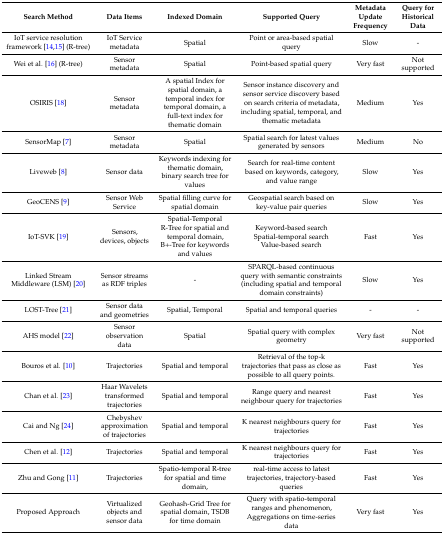
<table><thead><tr><td><b>Search Method</b></td><td><b>Data Items</b></td><td><b>Indexed Domain </b></td><td><b>Supported Query</b></td><td><b>Metadata Update Frequency</b></td><td><b>Query for Historical Data</b></td></tr></thead><tbody><tr><td>IoT service resolution framework [14,15] (R-tree)</td><td>IoT Service metadata</td><td>Spatial</td><td>Point or area-based spatial query</td><td>Slow</td><td>-</td></tr><tr><td>Wei et al. [16] (R-tree)</td><td>Sensor metadata</td><td>Spatial</td><td>Point-based spatial query</td><td>Very fast</td><td>Not supported</td></tr><tr><td>OSIRIS [18]</td><td>Sensor metadata</td><td>A spatial Index for spatial domain, a temporal index for temporal domain, a full-text index for thematic domain</td><td>Sensor instance discovery and sensor service discovery based on search criteria of metadata, including spatial, temporal, and thematic metadata</td><td>Medium</td><td>Yes</td></tr><tr><td>SensorMap [7]</td><td>Sensor metadata</td><td>Spatial</td><td>Spatial search for latest values generated by sensors</td><td>Medium</td><td>No</td></tr><tr><td>Liveweb [8]</td><td>Sensor data</td><td>Keywords indexing for thematic domain, binary search tree for values</td><td>Search for real-time content based on keywords, category, and value range</td><td>Slow</td><td>Yes</td></tr><tr><td>GeoCENS [9]</td><td>Sensor Web Service</td><td>Spatial filling curve for spatial domain</td><td>Geospatial search based on key-value pair queries</td><td>Slow</td><td>Yes</td></tr><tr><td>IoT-SVK [19]</td><td>Sensors, devices, objects</td><td>Spatial-Temporal R-Tree for spatial and temporal domain, B+-Tree for keywords and values</td><td>Keyword-based search Spatial-temporal search Value-based search</td><td>Fast</td><td>Yes</td></tr><tr><td>Linked Stream Middleware (LSM) [20]</td><td>Sensor streams as RDF triples</td><td>-</td><td>SPARQL-based continuous query with semantic constraints (including spatial and temporal domain constraints)</td><td>Slow</td><td>Yes</td></tr><tr><td>LOST-Tree [21]</td><td>Sensor data and geometries</td><td>Spatial, Temporal</td><td>Spatial and temporal queries</td><td>-</td><td>-</td></tr><tr><td>AHS model [22]</td><td>Sensor observation data </td><td>Spatial</td><td>Spatial query with complex geometry</td><td>Very fast</td><td>Not supported</td></tr><tr><td>Bouros et al. [10]</td><td>Trajectories</td><td>Spatial and temporal</td><td>Retrieval of the top-k trajectories that pass as close as possible to all query points.</td><td>Fast</td><td>Yes</td></tr><tr><td>Chan et al. [23]</td><td>Haar Wavelets transformed trajectories</td><td>Spatial and temporal</td><td>Range query and nearest neighbour query for trajectories</td><td>Fast</td><td>Yes</td></tr><tr><td>Cai and Ng [24]</td><td>Chebyshev approximation of trajectories</td><td>Spatial and temporal</td><td>K nearest neighbours query for trajectories</td><td>Fast</td><td>Yes</td></tr><tr><td>Chen et al. [12]</td><td>Trajectories</td><td>Spatial and temporal</td><td>K nearest neighbours query for trajectories</td><td>Fast</td><td>Yes</td></tr><tr><td>Zhu and Gong [11]</td><td>Trajectories</td><td>Spatio-temporal R-tree for spatial and time domain, </td><td>real-time access to latest trajectories, trajectory-based queries</td><td>Fast</td><td>Yes</td></tr><tr><td>Proposed Approach </td><td>Virtualized objects and sensor data</td><td>Geohash-Grid Tree for spatial domain, TSDB for time domain</td><td>Query with spatio-temporal ranges and phenomenon, Aggregations on time-series data</td><td>Very fast</td><td>Yes</td></tr></tbody></table>